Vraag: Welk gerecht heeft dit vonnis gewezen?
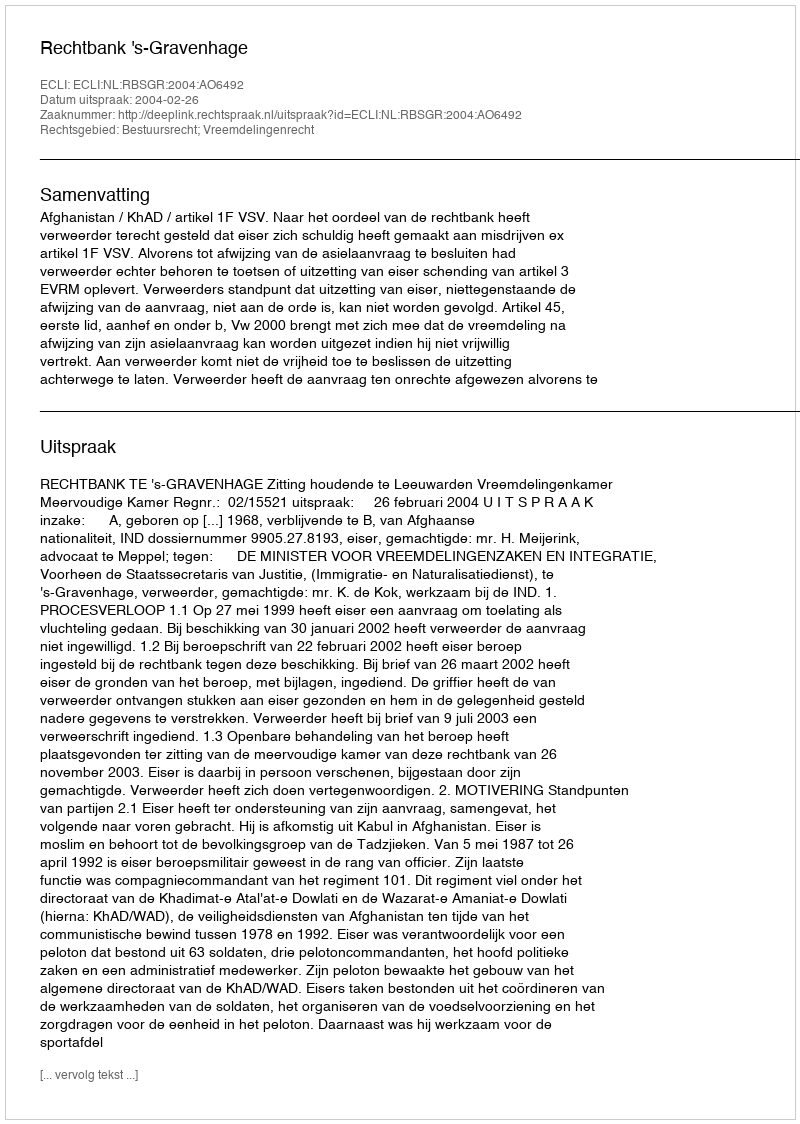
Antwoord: Rechtbank 's-Gravenhage